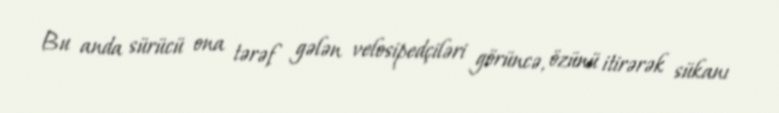
Bu anda sürücü ona tərəf gələn velosipedçiləri görüncə, özünü itirərək sükanı